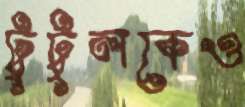
টুটুলকেও